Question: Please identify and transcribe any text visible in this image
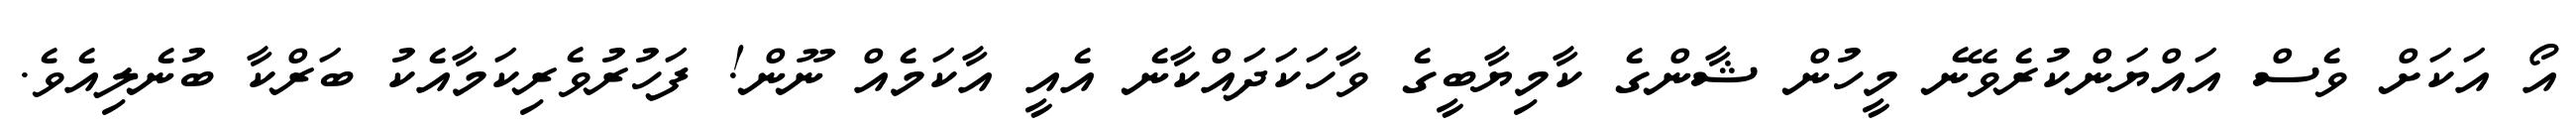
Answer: އޯ އަކަށް ވެސް އައްޔަންކުރެވޭނެ މީހުން ޝާންގެ ކާމިޔާބީގެ ވާހަކަދައްކާނެ އެއީ އާކަމެއް ނޫން! ފަހުރުވެރިކަމާއެކު ބަރްކާ ބުނެލިއެވެ.